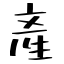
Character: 產